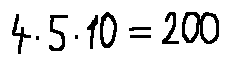
4 \cdot 5 \cdot 1 0 = 2 0 0